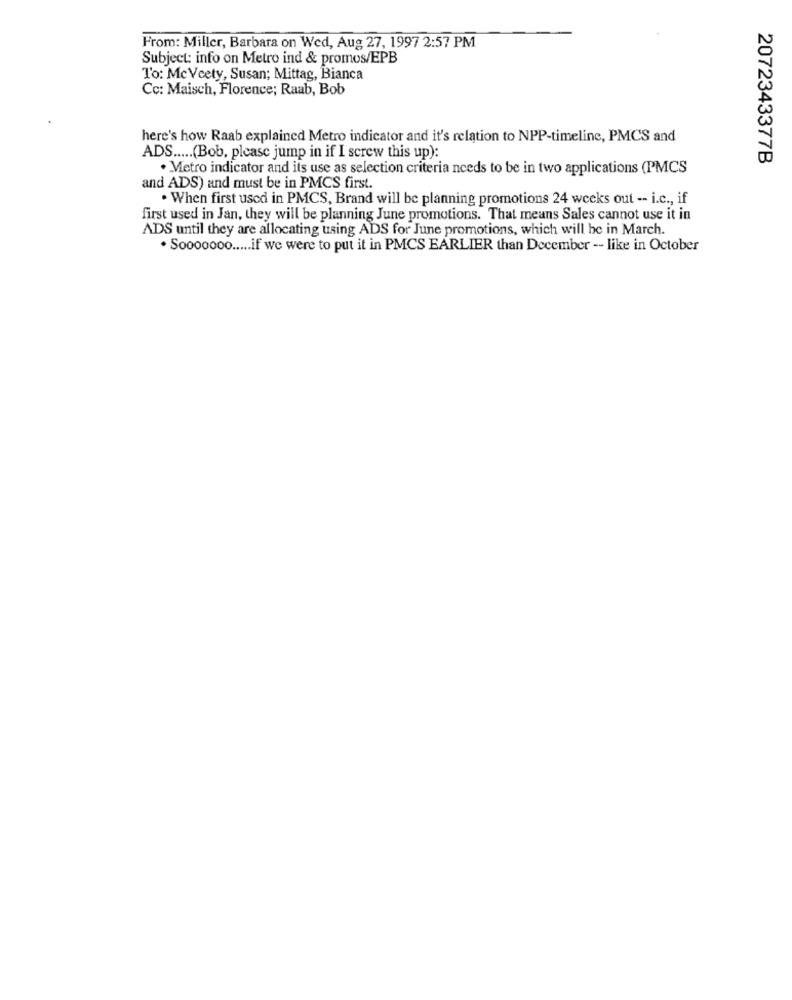
From: Miller, Barbara on Wed, Aug 27, 1997 2:57 PM
Subject: info on Metro ind & promos/EPB
To: McVcety, Susan; Mittag, Bianca
Cc: Maisch, Florence; Raab, Bob
here's how Raab explained Metro indicator and it's relation to NPP-timeline, PMCS and
ADS ..... (Bob, please jump in if I screw this up):
2072343377B
· Metro indicator and its use as selection criteria needs to be in two applications (PMCS
and ADS) and must be in PMCS first.
. When first used in PMCS, Brand will be planning promotions 24 weeks out -- i.c ., if
first used in Jan, they will be planning June promotions. That means Sales cannot use it in
ADS until they are allocating using ADS for June promotions, which will be in March.
. Sooooooo ..... if we were to put it in PMCS EARLIER than December -- like in October